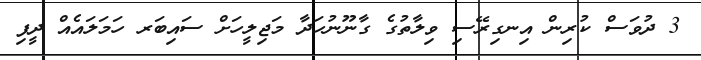
3 ދުވަަސް ކުރިން އިނގިރޭސި ވިލާތުގެ ގާނޫނުހަދާ މަޖިލީހަށް ސައިބަރ ހަަމަލައެއް ދީފި